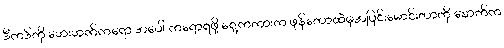
ဒီကဒ်ကို ဘေးဘက်ကရော အပေါ် ကရောရဖို့ ရှေ့ကကားက ဖုန်တောထဲမှအပြင်းမောင်းတာကို နောက်က